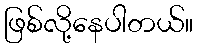
ဖြစ်လို့နေပါတယ်။